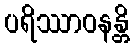
ပရိဿာဝနန္တိ